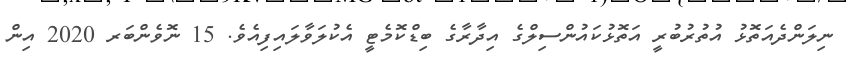
ނިލަންދެއަތޮޅު އުތުރުބުރީ އަތޮޅުކައުންސިލްގެ އިދާރާގެ ބިޑްކޮމެޓީ އެކުލަވާލައިފިއެވެ. 15 ނޮވެންބަރ 2020 އިން